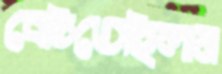
বেচিতেছিলাম